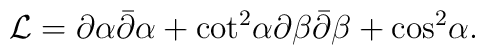
{\cal L} = \partial \alpha \bar{\partial} \alpha + {\cot}^2 \alpha\partial \beta \bar{\partial} \beta + {\cos}^2 \alpha .